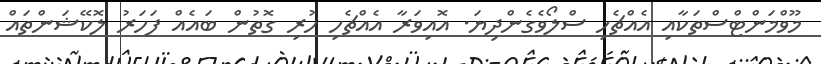
މޫވްމަންޓްސްތަކާއި އެއްޗެހި ސްލޯވެގެންދިޔަ. އޮއިވަރާ އެއްޗެހި ހުރި ގޮތުން ބައެއް ފަހަރު ލޮކޭޝަންތައް